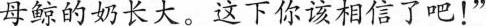
母鲸的奶长大。 这下你该相信了吧！”